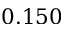
0 . 1 5 0